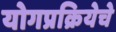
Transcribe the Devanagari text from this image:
योगप्रक्रियेचे